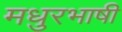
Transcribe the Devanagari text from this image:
मधुरभाषी